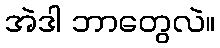
အဲဒါ ဘာတွေလဲ။